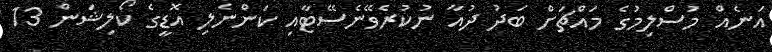
އަނެއް މުސްލިމުގެ މައްޗަށް ބަދު ދުއާ ނުކުރެވޭނެސޭޓާއި ކަންނެލި އޮޑީގެ ކޯލިޝަން 13